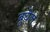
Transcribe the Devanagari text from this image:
बुघेल